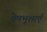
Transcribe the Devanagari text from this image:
वेषभूशाएँ